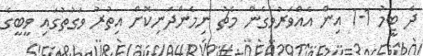
ދެ ޓީމު 1-1 އިން އެއްވަރުވެގެން މެޗު ނިމެންދަނިކޮށް އިތުރު ވަގުތުގައި ވީބީގެ